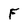
Character: F